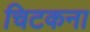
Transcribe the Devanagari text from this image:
चिटकना